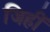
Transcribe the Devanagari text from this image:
जिहीं